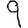
Digit: 9